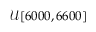
\mathcal { U } [ 6 0 0 0 , 6 6 0 0 ]